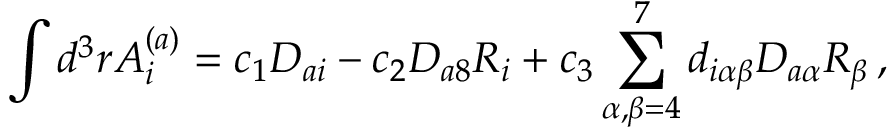
\int d ^ { 3 } r A _ { i } ^ { ( a ) } = c _ { 1 } D _ { a i } - c _ { 2 } D _ { a 8 } R _ { i } + c _ { 3 } \sum _ { \alpha , \beta = 4 } ^ { 7 } d _ { i \alpha \beta } D _ { a \alpha } R _ { \beta } \, ,